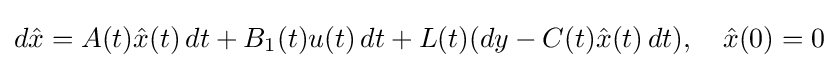
d{\hat {x}}=A(t){\hat {x}}(t)\,dt+B_{1}(t)u(t)\,dt+L(t)(dy-C(t){\hat {x}}(t)\,dt),\quad {\hat {x}}(0)=0